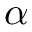
\alpha